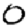
Digit: 0